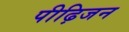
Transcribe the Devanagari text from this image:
पीढ़िजन